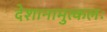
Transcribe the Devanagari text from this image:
देशानामुत्कलः